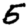
Digit: 5